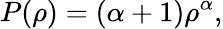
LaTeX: P(\rho)=(\alpha+1)\rho^{\alpha},